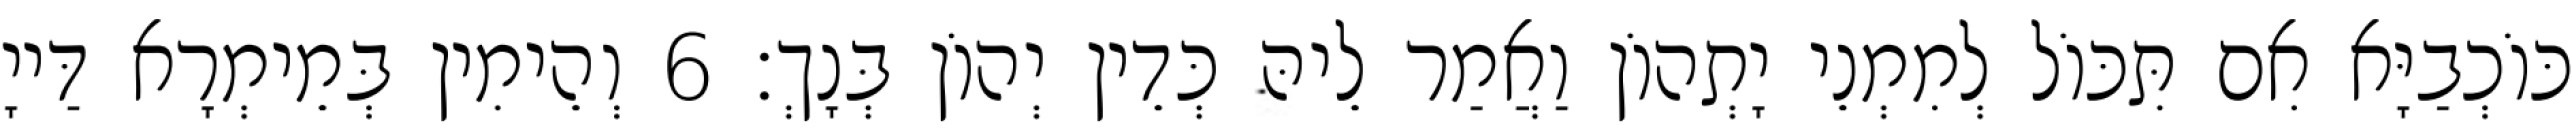
כּוֹכְבַיָּא אִם תִּכּוֹל לְמִמְנֵי יָתְהוֹן וַאֲמַר לֵיהּ כְּדֵין יְהוֹן בְּנָךְ׃ 6 וְהֵימִין בְּמֵימְרָא דַּייָ